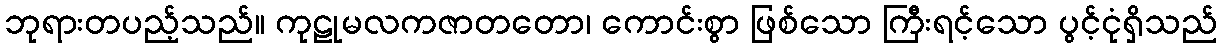
ဘုရားတပည့်သည်။ ကုဠုမလကဇာတတော၊ ကောင်းစွာ ဖြစ်သော ကြီးရင့်သော ပွင့်ငုံရှိသည်